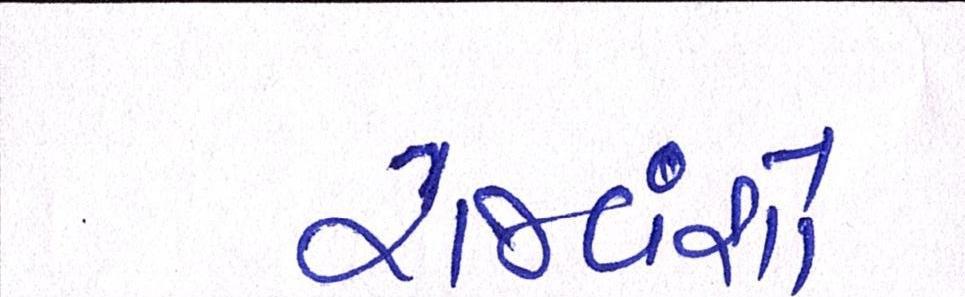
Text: રાજવંશો